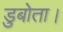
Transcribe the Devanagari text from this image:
डुबोता।